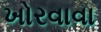
ખોરવાવા